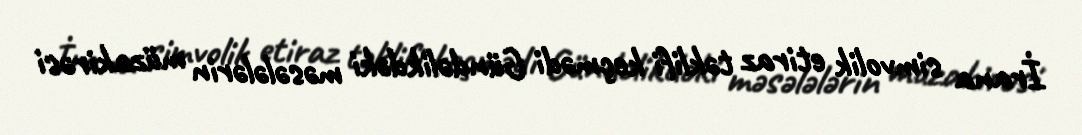
İrana simvolik etiraz təklifi keçmədi Gündəlikdəki məsələlərin müzakirəsi